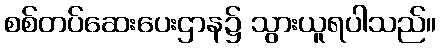
စစ်တပ်ဆေးပေးဌာန၌ သွားယူရပါသည်။